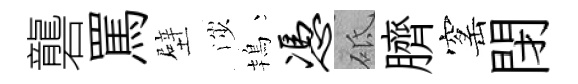
礱罵壁渉鴇凭砥臍窰閉